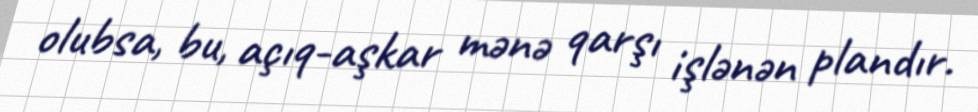
olubsa, bu, açıq-aşkar mənə qarşı işlənən plandır.